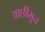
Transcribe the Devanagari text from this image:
आछीमून